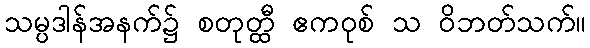
သမ္ပဒါန်အနက်၌ စတုတ္ထီ ဧကဝုစ် သ ဝိဘတ်သက်။